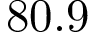
8 0 . 9